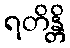
ရတိန္တိ